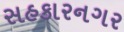
સહકારનગર